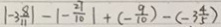
\vert - 3 \frac { 8 } { 1 1 } \vert - \vert - \frac { 2 7 } { 1 0 } \vert + ( - \frac { 9 } { 1 0 } ) - ( - 3 \frac { 4 } { 5 } )